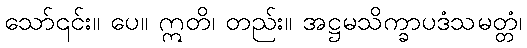
သော်၎င်း။ ပေ။ ဣတိ၊ တည်း။ အဋ္ဌမသိက္ခာပဒံသမတ္တံ၊